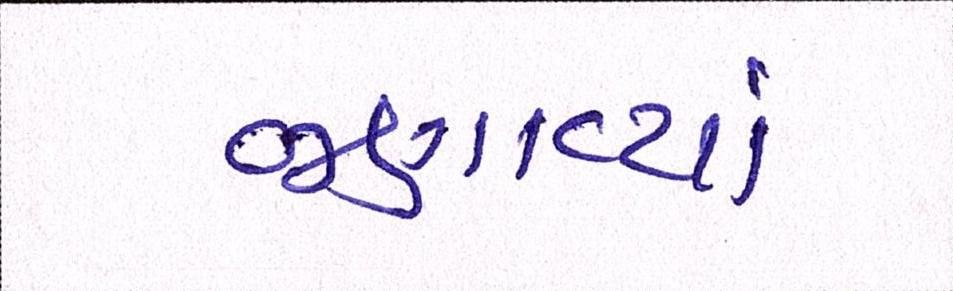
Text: જણાવ્યાં